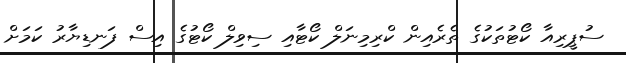
ސުޕީރިއާ ކޯޓުތަކުގެ ތެރެއިން ކްރިމިނަލް ކޯޓާއި ސިވިލް ކޯޓުގެ އިސް ފަނޑިޔާރު ކަމަށް